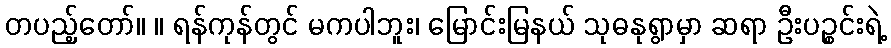
တပည့်တော်။ ။ ရန်ကုန်တွင် မကပါဘူး၊ မြောင်းမြနယ် သုဓနုရွာမှာ ဆရာ ဦးပဉ္စင်းရဲ့